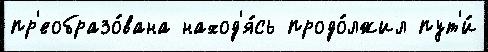
пр'еобразо́вана наход'я́сь продо́лжил пут'и́